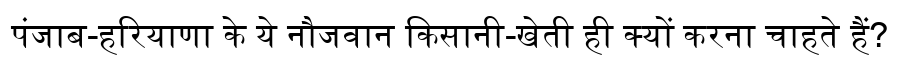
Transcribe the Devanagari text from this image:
पंजाब-हरियाणा के ये नौजवान किसानी-खेती ही क्यों करना चाहते हैं?